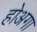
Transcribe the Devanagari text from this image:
होअगा